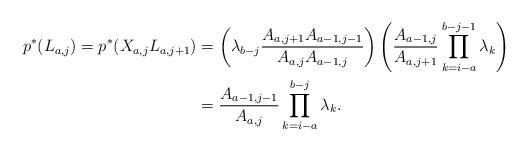
LaTeX: \begin{align*}p^* (L_{a,j} )=p^* (X_{a,j}L_{a,j+1} )& =\left(\lambda_{b-j} \frac{A_{a,j+1}A_{a-1,j-1}}{A_{a,j}A_{a-1,j}}\right)\left(\frac{A_{a-1,j}}{A_{a,j+1}}\prod_{k=i-a}^{b-j-1}\lambda_k\right)\\& =\frac{A_{a-1,j-1}}{A_{a,j}} \prod_{k=i-a}^{b-j}\lambda_k.\end{align*}